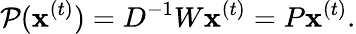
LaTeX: \mathcal{P}(\mathbf{x}^{(t)})=D^{-1}W\mathbf{x}^{(t)}=P\mathbf{x}^{(t)}.